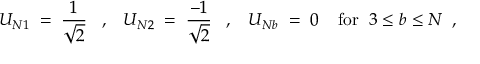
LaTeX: U _ { N 1 } \; = \; \frac { 1 } { \sqrt { 2 } } \; \; \; , \; \; \; U _ { N 2 } \; = \; \frac { - 1 } { \sqrt { 2 } } \; \; \; , \; \; \; U _ { N b } \; = \; 0 \; \; \; \; \mathrm { f o r } \; \; 3 \leq b \leq N \; \; ,